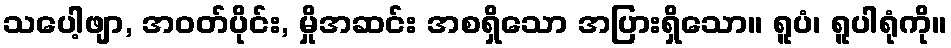
သပေါ့ဖျာ, အဝတ်ပိုင်း, မှိုအဆင်း အစရှိသော အပြားရှိသော။ ရူပံ၊ ရူပါရုံကို။